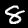
Digit: 8